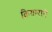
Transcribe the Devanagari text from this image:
कियाराने